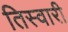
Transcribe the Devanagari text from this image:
तिस्वारी